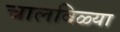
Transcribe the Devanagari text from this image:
चालविळ्या